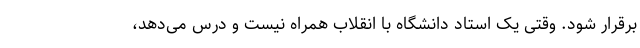
برقرار شود. وقتی یک استاد دانشگاه با انقلاب همراه نیست و درس می‌دهد،